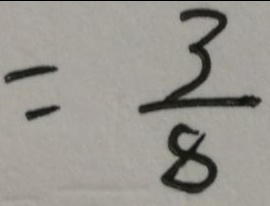
= \frac { 3 } { 8 }